画像に写った文字を読んでください
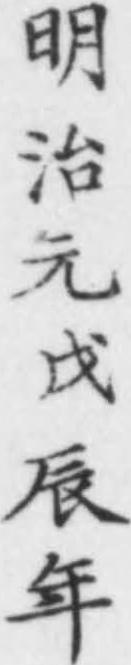
「明治元戊辰年」と書いてあります